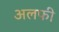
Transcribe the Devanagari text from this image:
अलफी